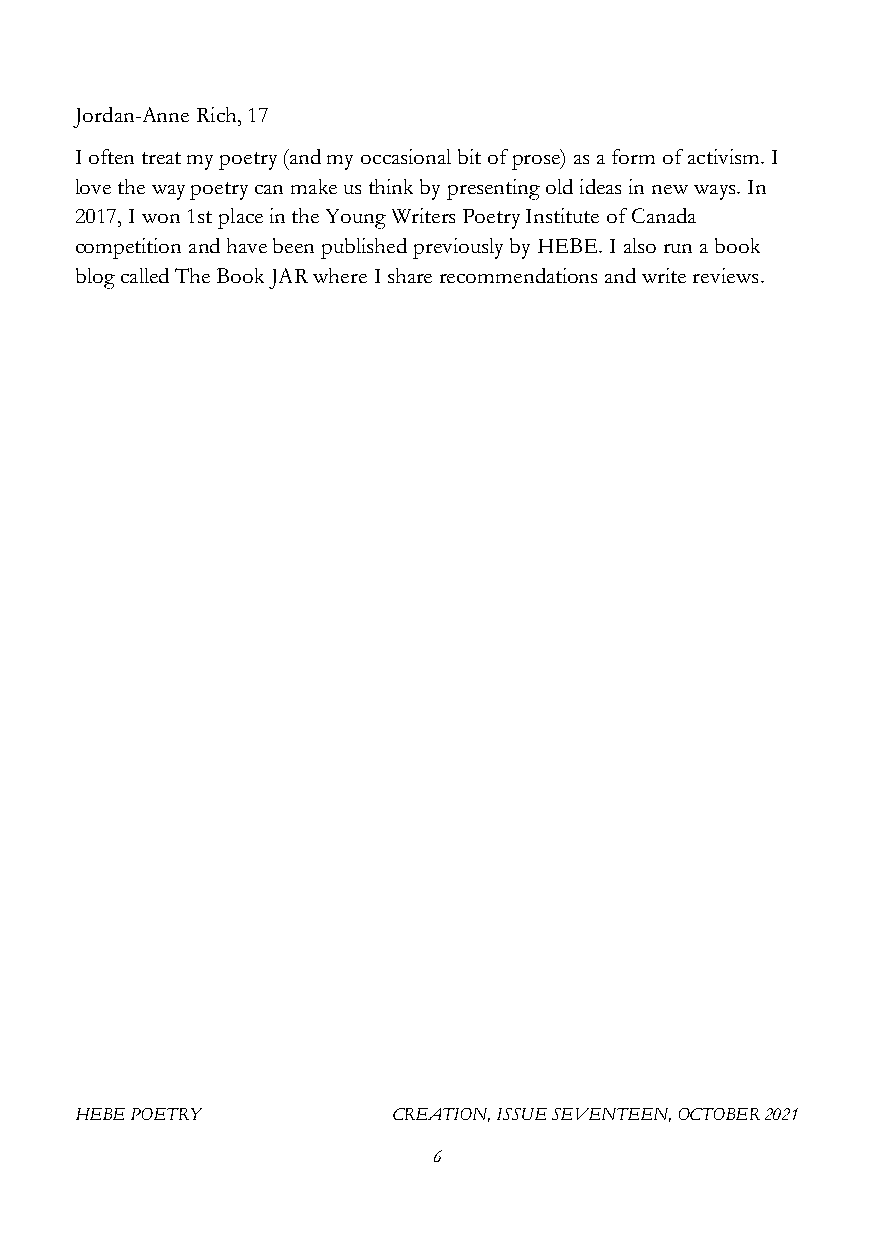
Jordan-Anne Rich, 17
 I often treat my poetry (and my occasional bit of prose) as a form of activism. I
 love the way poetry can make us think by presenting old ideas in new ways. In
 2017, I won 1st place in the Young Writers Poetry Institute of Canada
 competition and have been published previously by HEBE. I also run a book
 blog called The Book JAR where I share recommendations and write reviews.
 HEBE POETRY          CREATION, ISSUE SEVENTEEN, OCTOBER 2021
 6